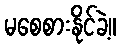
မစေစားနိုင်ခဲ့။